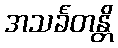
အသင်္ခတန္တိ